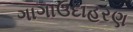
ગાગાઉદાહરણ